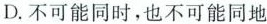
D.不可能同时，也不可能同地